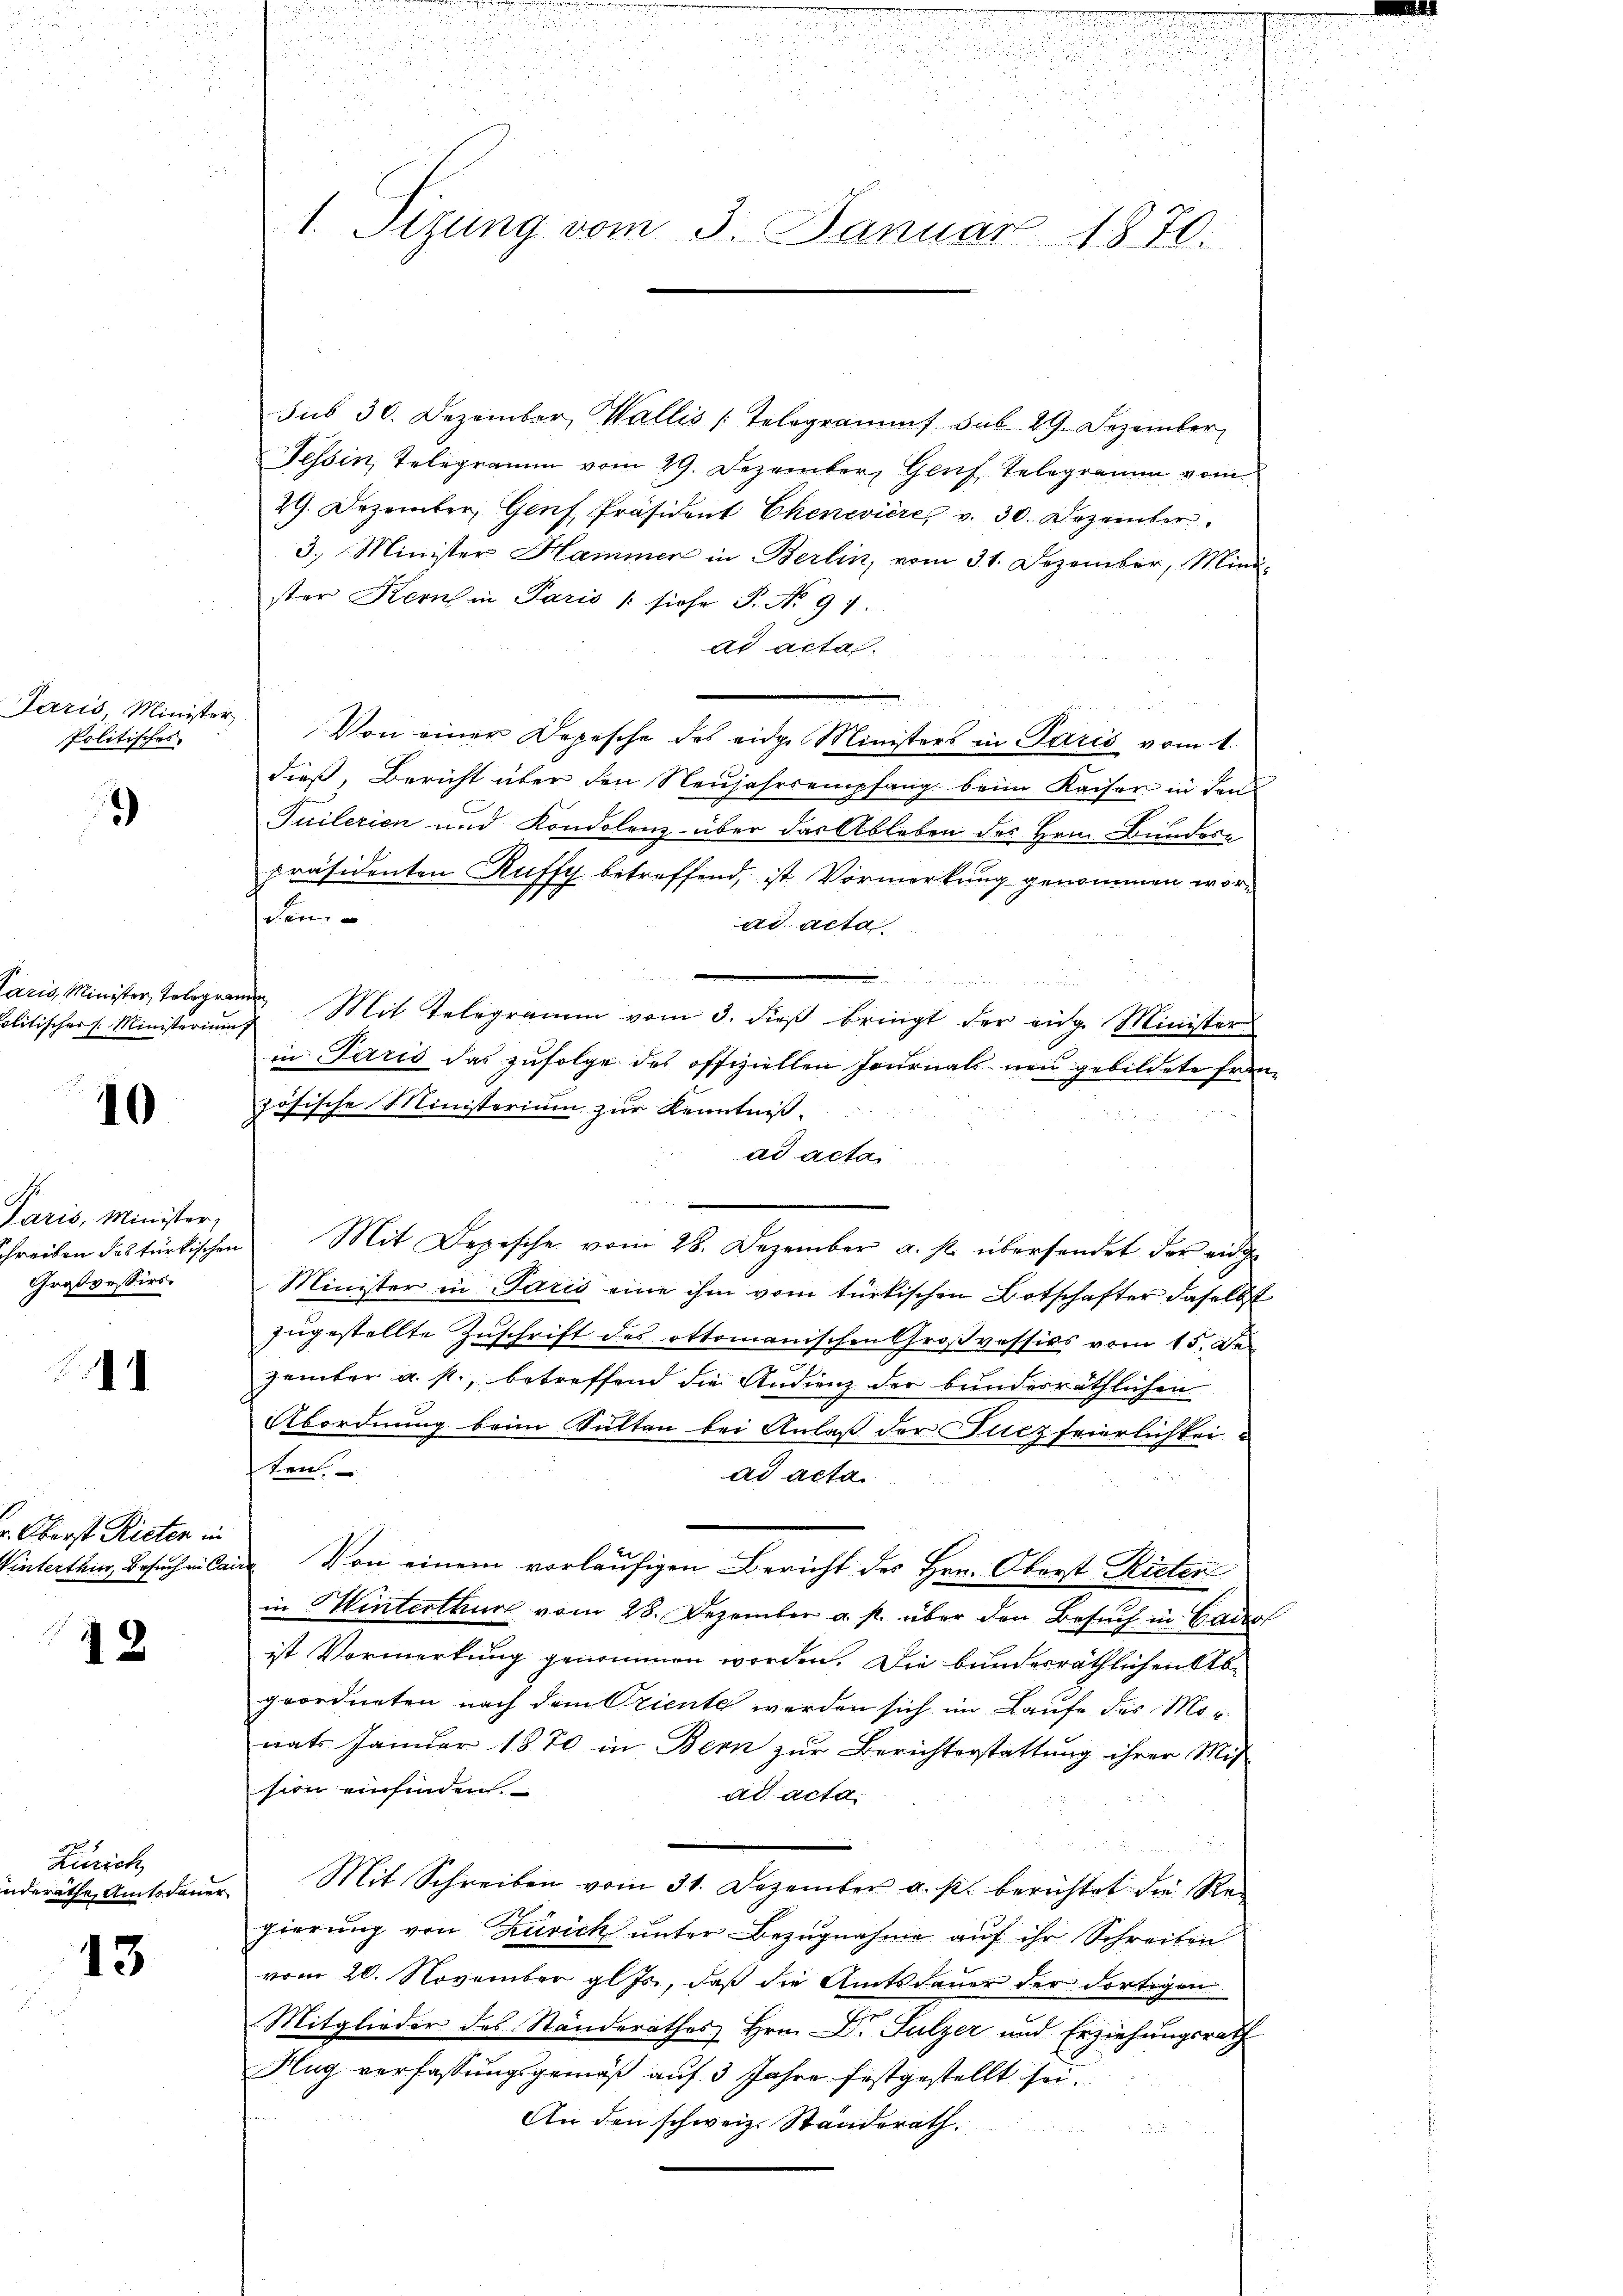
Paris, Minister
Politisches

)

aris Minister, Telegr
ilitischer /: Ministerium

10

Paris, Minister,
hreiben das türkischen
Graspessirs.

.

r. Oberst Rieten in
Vintertain, Besuch in Can

12

Zürich,
deräthe Amtsdauer

13

d
u
d

22
20
1. Sizung vom 3. Januar 1870.

sub 30. Dezember, Wallis Telegramms sub 29. Dezember
Tessin, Telegramm vom 29. Dezember, Genf Telegramm vom
29. Dezember, Genf, Präsident Chenevière, v. 30. Dezember
3. Minister Hammer in Berlin, vom 31. Dezember, Mini-
ster Kern in Paris / siche P. No. 91.
ad acta.
Von einer Depesche des eidge Ministers in Paris vom 1.
dieß, Bericht über den Neujahrs empfang beim Kaiser in den
Tuilerien und Kondolenz über das Ableben des Hrn. Bundere
präsidenten Ruffy betreffend, ist Vormerkung genommen worden- |
ad acta

ni Mit Telegramm vom 3. dieß bringt der eige Minister
in Paris das zufolge das offiziellen Journals neu gebildete Frau
zösische Ministerium zur Kenntniss
ad acta
Mit Depische vom 28. Dezember a. p. übersendet der eidge
Minister in Paris eine ihm vom türkischen Botschafter daselbst
zugestellte Zuschrift des ottomanischen Großvessies vom 15. De
.

zember a. p., betreffend die Andienz der bundesräthlichen
Abordnung beim Kulten bei Anlaß der Filzfeierlichkeiten.
ad acta.
 Von einem vorläufigen Bericht des Hrn. Oberst Rieter
in Hinterthur vom 28. Dezember a. p. über den Besuch in Gade
ist Vormerkung genommen worden. Die bundesräthlichen Abgeordneten nach dem Oriente werden sich im Laufe des Mor
nats Januar 1870 in Bern zur Berichterstattung ihrer Mit-
sion einfinden.
ad acta.
Mit Schreiben vom 31. Dezember a. p. berichtet die Regierung von Zürich unter Bezugnahme auf ihr Schreiben
vom 20. November gl. Js., daß die Amtsdauer der dortigen
Mitglieder des Standerathes Hrn. Dr. Sulzer und Erziehungsrath
Hug verfassungsgemäß auf 3 Jahre festgestellt sei.
An den schweiz. Standerath.
d